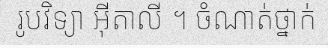
រូបវិទ្យា អ៊ីតាលី ។ ចំណាត់ថ្នាក់